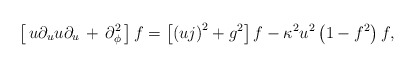
\begin{align*}\left[\,u\partial_uu\partial_u\,+\,\partial^2_\phi\,\right]f=\left[\left(uj\right)^2+g^2\right]f-\kappa^2u^2\left(1-f^2\right)f,\end{align*}